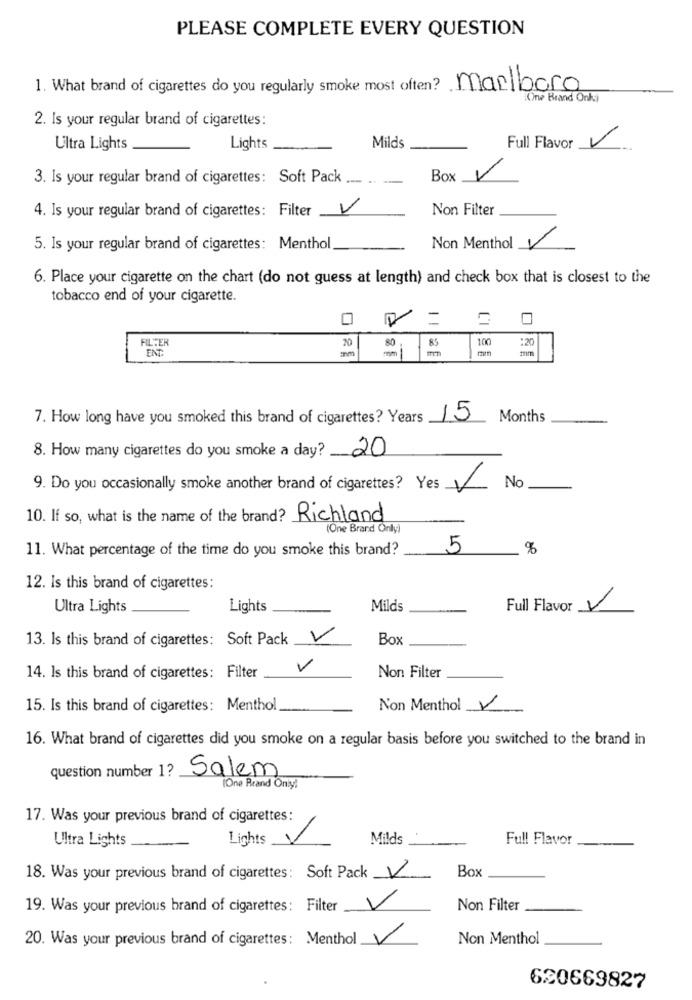
PLEASE COMPLETE EVERY QUESTION
1. What brand of cigarettes do you regularly smoke most often? Marlboro
One Brand Onki
2. Is your regular brand of cigarettes:
Full Flavor V
Ultra Lights
Lights
Milds
3. Is your regular brand of cigarettes: Soft Pack .... ..
: -
Box V
4. Is your regular brand of cigarettes: Filter V
Non Filter
5. Is your regular brand of cigarettes: Menthol
Non Menthol V
6. Place your cigarette on the chart (do not guess at length) and check box that is closest to the
tobacco end of your cigarette.
FILTER
20
85
100
:20
ENT
80
7. How long have you smoked this brand of cigarettes? Years
15
Months
8. How many cigarettes do you smoke a day? 20
9. Do you occasionally smoke another brand of cigarettes? Yes
No
10. If so, what is the name of the brand? Richland
(One Brand Only)
11. What percentage of the time do you smoke this brand?
5
%
12. Is this brand of cigarettes:
Ultra Lights
Lights
Milds
Full Flavor V
13. Is this brand of cigarettes: Soft Pack
V
Box
V
14. Is this brand of cigarettes: Filter
Non Filter
15. Is this brand of cigarettes: Menthol
Non Menthol V
16. What brand of cigarettes did you smoke on a regular basis before you switched to the brand in
question number 1? Salem
One Brand Oniy!
17. Was your previous brand of cigarettes:
Ultra Lights
Lights
Milds
Full Flavor
Box
18. Was your previous brand of cigarettes : Soft Pack V
V
19. Was your previous brand of cigarettes: Filter
Non Filter
20. Was your previous brand of cigarettes: Menthol V
Non Menthol
620669827